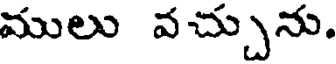
ములు వచ్చును.